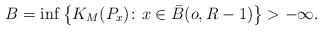
LaTeX: \begin{align*} B = \inf \big\{K_M(P_x) \colon x \in \bar B(o,R-1)\big\} > -\infty. \end{align*}